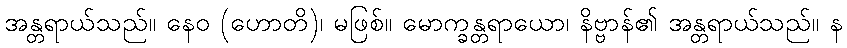
အန္တရာယ်သည်။ နေဝ (ဟောတိ)၊ မဖြစ်။ မောက္ခန္တရာယော၊ နိဗ္ဗာန်၏ အန္တရာယ်သည်။ န